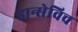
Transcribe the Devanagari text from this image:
डान्सेविच